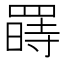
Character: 𱻇